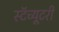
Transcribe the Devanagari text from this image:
स्टॅच्यूटरी